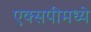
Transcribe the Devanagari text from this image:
एक्सपीमध्ये